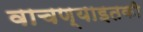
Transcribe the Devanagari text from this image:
वाचण्याइतकी